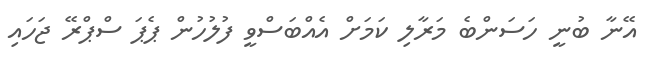
އޭނާ ބުނީ ހަސަންބެ މަރާލި ކަމަށް އެއްބަސްވީ ފުލުހުން ޕެޕަ ސްޕްރޭ ޖަހައި